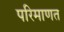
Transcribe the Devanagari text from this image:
परिमाणत